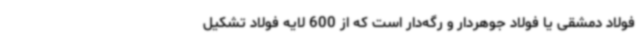
فولاد دمشقی یا فولاد جوهردار و رگه‌دار است که از 600 لایه فولاد تشکیل